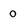
Character: 0